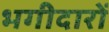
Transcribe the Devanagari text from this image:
भगीदारों